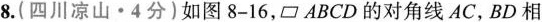
8.(四川凉山·4分)如图8-16，\parallelogram ABCD的对角线AC，BD相